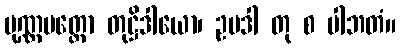
ပုဏ္ဏပတ္တော တုဋ္ဌိဒါယော၊ ဥပဒါ တု စ ပါဘတံ။